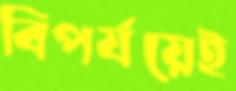
বিপর্যয়েই